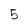
Character: 5